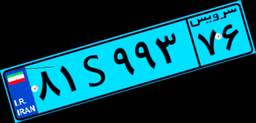
۸۱S۹۹۳۷۶